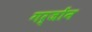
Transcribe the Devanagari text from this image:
गर्जोंन